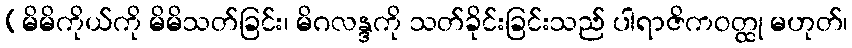
(မိမိကိုယ်ကို မိမိသတ်ခြင်း၊ မိဂလန္ဒကို သတ်ခိုင်းခြင်းသည် ပါရာဇိကဝတ္ထု မဟုတ်၊